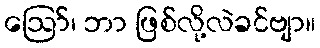
ဪ၊ ဘာ ဖြစ်လို့လဲခင်ဗျာ။